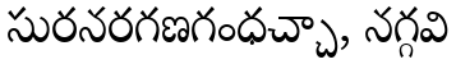
సురనరగణగంధచ్చా, నగ్గవి